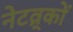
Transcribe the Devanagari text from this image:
नेटव्र्कों